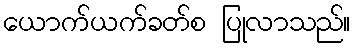
ယောက်ယက်ခတ်စ ပြုလာသည်။